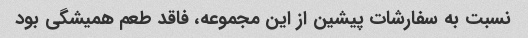
نسبت به سفارشات پیشین از این مجموعه، فاقد طعم همیشگی بود